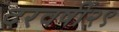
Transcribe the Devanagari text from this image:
दरवर्षी२९